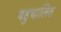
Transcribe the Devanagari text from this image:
बहुचालित